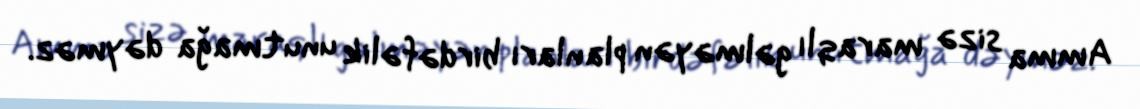
Amma sizə maraqlı gəlməyən planları birdəfəlik unutmağa dəyməz.